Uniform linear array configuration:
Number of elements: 4
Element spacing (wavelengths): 0.75
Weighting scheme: uniform
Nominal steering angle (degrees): -45
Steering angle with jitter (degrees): -44.313
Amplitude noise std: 0.05
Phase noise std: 0.05

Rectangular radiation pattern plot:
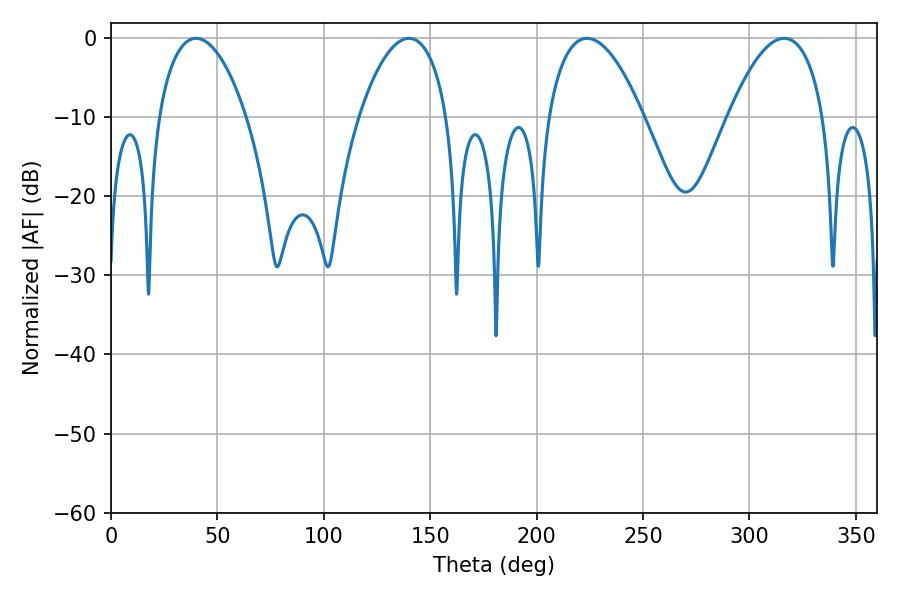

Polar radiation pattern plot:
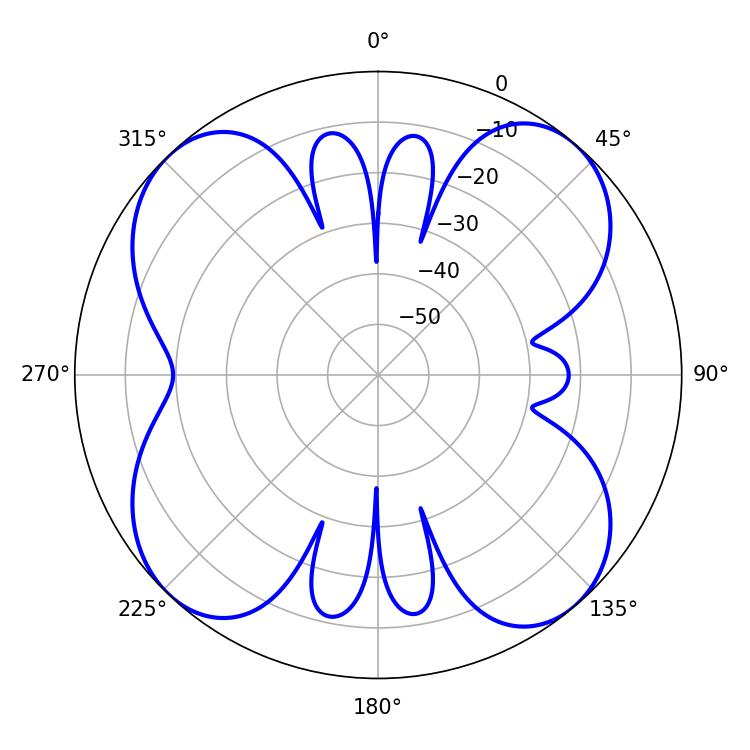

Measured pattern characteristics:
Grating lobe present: TRUE
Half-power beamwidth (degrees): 23.22
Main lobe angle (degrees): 39.96